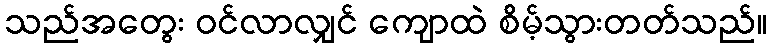
သည်အတွေး ဝင်လာလျှင် ကျောထဲ စိမ့်သွားတတ်သည်။